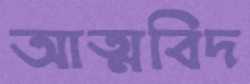
আত্মবিদ